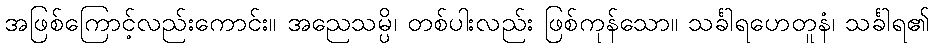
အဖြစ်ကြောင့်လည်းကောင်း။ အညေသမ္ပိ၊ တစ်ပါးလည်း ဖြစ်ကုန်သော။ သင်္ခါရဟေတူနံ၊ သင်္ခါရ၏